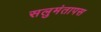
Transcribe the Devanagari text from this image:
सलुमंतापस